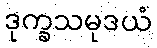
ဒုက္ခသမုဒယံ